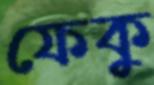
ফেকু